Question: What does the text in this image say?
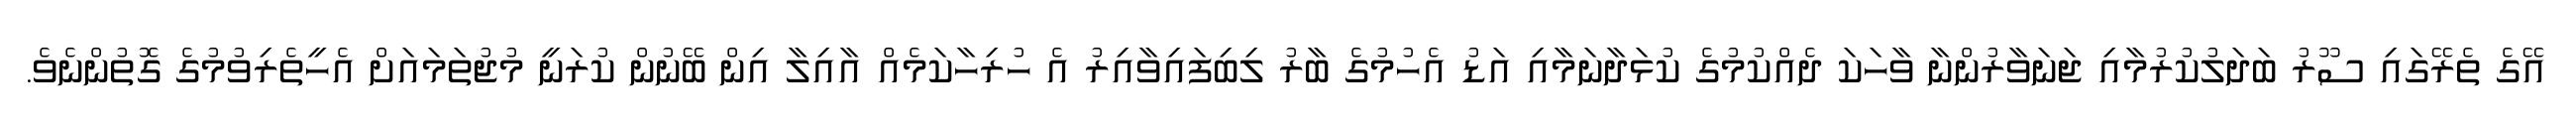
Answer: އޭގެ ތެރޭގައި ސޫރު ބަދަލުކުރުމާއި ޖަނަވާރުންނާ ވާހަކަ ދެއްކުމުގެ ކުޅަދާނަމާއި އަޑު އެހުމުގެ ބާރު ލިބިފައިވާއިރު އެ ހުރިހާކަމެއް އާއިލާ އިން ބޭނުން ކުރަނީ މުޖުތަމައަށް އެހީތެރިވުމުގެ ގޮތުންނެވެ.